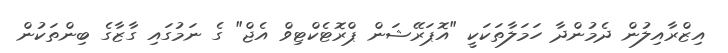
އިޒްރާއިލުން ދެމުންދާ ހަމަލާތަކަކީ "އޮޕަރޭޝަން ޕްރޮޓެކްޓިވް އެޖް" ގެ ނަމުގައި ގާޒާގެ ބިންތަކުން